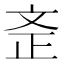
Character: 𣁇